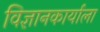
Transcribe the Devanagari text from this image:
विज्ञानकार्याला